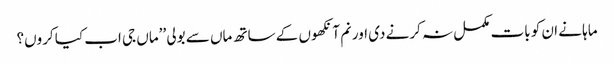
ماہا نے ان کو بات مکمل نہ کرنے دی اور نم آنکھوں کے ساتھ ماں سے بولی ’’ماں جی اب کیا کروں؟